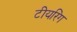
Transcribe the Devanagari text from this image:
टीयरिंग